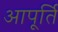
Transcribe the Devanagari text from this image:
आपू्र्ति